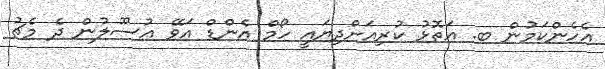
އެހެންކަމުން ބ. އަތޮޅު ކުރިއަށްދިޔައީ ހޯމް އެންޑް އަވޭ އުސޫލުން ދެ މެޗު